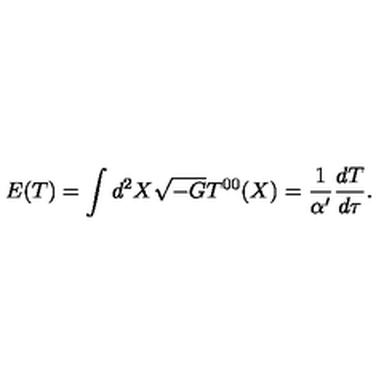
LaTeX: E ( T ) = \int d ^ { 2 } X \sqrt { - G } T ^ { 0 0 } ( X ) = \frac { 1 } { \alpha ^ { \prime } } \frac { d T } { d \tau } .